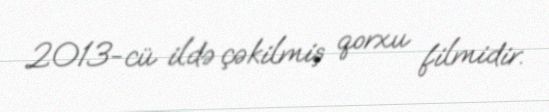
2013-cü ildə çəkilmiş qorxu filmidir.